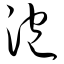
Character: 泡